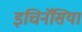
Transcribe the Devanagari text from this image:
इचिनॅसिया